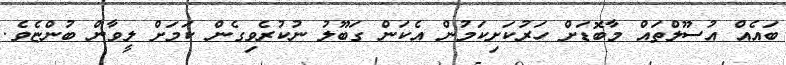
ބައެއް އުސޫލްތައް މާބޮޑަށް ހަރުކަށިކަމުން އެކަން ގަބޫލު ނުކުރެވިގެން ކަމަށް ލީވާން ބުންޏެވެ.